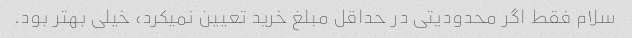
سلام فقط اگر محدودیتی در حداقل مبلغ خرید تعیین نمیکرد، خیلی بهتر بود.